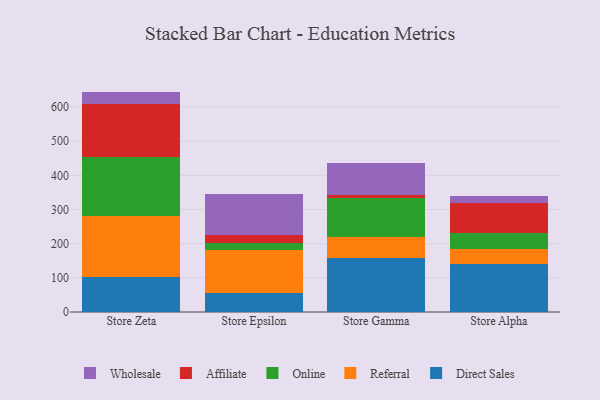
{"axis": {"x": "Store", "y": "Page Views"}, "legend": ["Affiliate", "Direct Sales", "Online", "Referral", "Wholesale"], "data": [{"x": "Store Zeta", "y": 101.6, "type": "Direct Sales"}, {"x": "Store Zeta", "y": 179.5, "type": "Referral"}, {"x": "Store Zeta", "y": 172.9, "type": "Online"}, {"x": "Store Zeta", "y": 156.0, "type": "Affiliate"}, {"x": "Store Zeta", "y": 35.0, "type": "Wholesale"}, {"x": "Store Epsilon", "y": 55.2, "type": "Direct Sales"}, {"x": "Store Epsilon", "y": 125.8, "type": "Referral"}, {"x": "Store Epsilon", "y": 22.1, "type": "Online"}, {"x": "Store Epsilon", "y": 22.8, "type": "Affiliate"}, {"x": "Store Epsilon", "y": 119.6, "type": "Wholesale"}, {"x": "Store Gamma", "y": 158.0, "type": "Direct Sales"}, {"x": "Store Gamma", "y": 61.5, "type": "Referral"}, {"x": "Store Gamma", "y": 115.0, "type": "Online"}, {"x": "Store Gamma", "y": 7.8, "type": "Affiliate"}, {"x": "Store Gamma", "y": 92.7, "type": "Wholesale"}, {"x": "Store Alpha", "y": 140.3, "type": "Direct Sales"}, {"x": "Store Alpha", "y": 44.3, "type": "Referral"}, {"x": "Store Alpha", "y": 45.9, "type": "Online"}, {"x": "Store Alpha", "y": 88.7, "type": "Affiliate"}, {"x": "Store Alpha", "y": 20.9, "type": "Wholesale"}]}